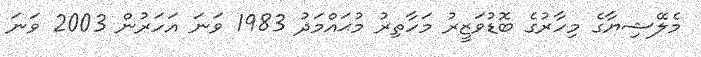
މެލޭޝިޔާގެ މިހާރުގެ ބޮޑުވަޒީރު މަހާތިރު މުޙައްމަދު 1983 ވަނަ އަހަރުން 2003 ވަނަ